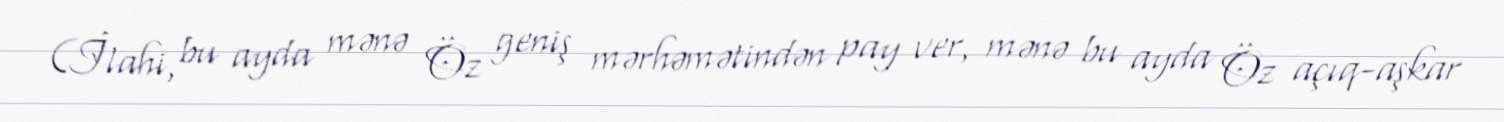
(İlahi, bu ayda mənə Öz geniş mərhəmətindən pay ver, mənə bu ayda Öz açıq-aşkar